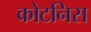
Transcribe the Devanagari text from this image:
कोटनिस